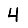
Digit: 4